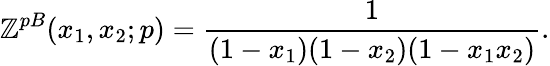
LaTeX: {\cal\mathbb{Z}}^{pB}(x_{1},x_{2};p)=\frac{{1}}{{(1-x_{1})(1-x_{2})(1-x_{1}x_{2})}}.